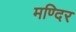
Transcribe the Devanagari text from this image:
मण्दिर